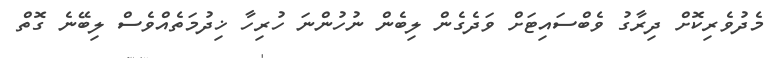
މެދުވެރިކޮށް ދިރާގު ވެބްސައިޓަށް ވަދެގެން ލިބެން ނުހުންނަ ހުރިހާ ޚިދުމަތެއްވެސް ލިބޭނެ ގޮތް